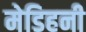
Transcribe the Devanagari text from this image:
मेडिहनी